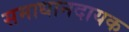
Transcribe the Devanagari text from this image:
समाधानदायक